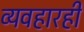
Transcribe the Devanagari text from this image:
व्यवहारही